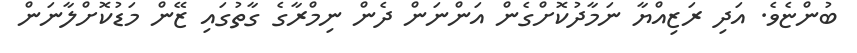
ބުންޏެވެ. އަދި ރަޒިއްޔާ ނަމާދުކޮށްގެން އަންނަން ދެން ނިމްރާގެ ގާތުގައި ޒޭން މަޑުކޮށްލާނަން